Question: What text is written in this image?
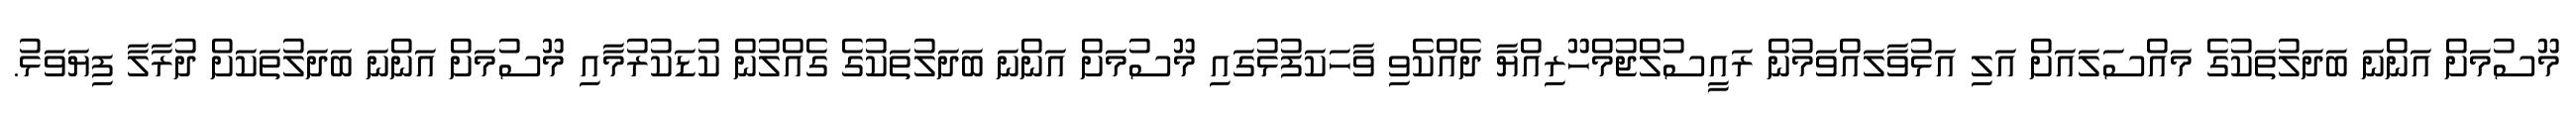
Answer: މޫސުމަށް އަންނަ ބަދަލުތަކުގެ މައްސަލައަށް އަލި އަޅުވާލައްވަމުން ރައީސުލްޖުމްހޫރިއްޔާ ދެއްކެވި ވާހަކަފުޅުގައި މޫސުމަށް އަންނަ ބަދަލުތަކުގެ ގެއްލުން ކުޑަކުރުމާއި މޫސުމަށް އަންނަ ބަދަލުތަކަށް ދުރާލާ ފިޔަވަޅު.